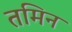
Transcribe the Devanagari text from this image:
तमिन